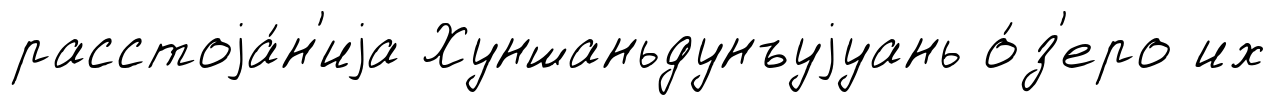
расстоjа́н'иjа Хуншаньдунъуjуань о́з'еро их